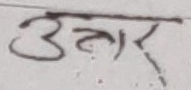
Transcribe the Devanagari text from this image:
उत्तर